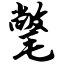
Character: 氅